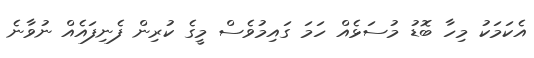
އެކަމަކު މިހާ ބޮޑު މުސަޅެއް ހަމަ ގައިމުވެސް މީގެ ކުރިން ފެނިފައެއް ނުވާނެ